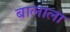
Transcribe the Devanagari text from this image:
बालाला